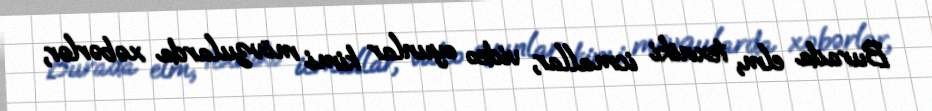
Burada elm, texniki icmallar, video oyunlar kimi mövzularda xəbərlər,